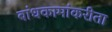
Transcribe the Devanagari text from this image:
बांधकामांकरीता